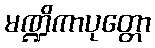
မဏ္ဍိကာပုတ္တော